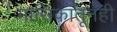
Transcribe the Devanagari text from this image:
मासिकातूनही